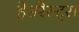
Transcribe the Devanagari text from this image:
हेडरेस्ट्स